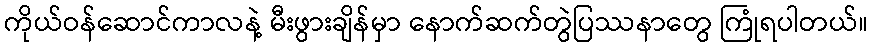
ကိုယ်ဝန်ဆောင်ကာလနဲ့ မီးဖွားချိန်မှာ နောက်ဆက်တွဲပြဿနာတွေ ကြုံရပါတယ်။